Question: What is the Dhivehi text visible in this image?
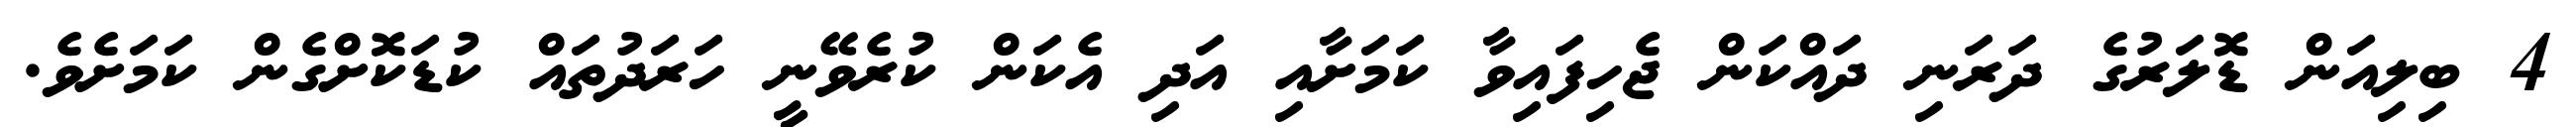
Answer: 4 ބިލިއަން ޑޮލަރުގެ ދަރަނި ދައްކަން ޖެހިފައިވާ ކަމަށާއި އަދި އެކަން ކުރެވޭނީ ހަރަދުތައް ކުޑަކޮށްގެން ކަމަށެވެ.